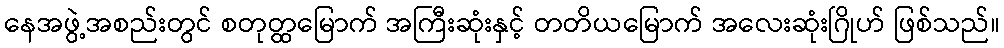
နေအဖွဲ့အစည်းတွင် စတုတ္ထမြောက် အကြီးဆုံးနှင့် တတိယမြောက် အလေးဆုံးဂြိုဟ် ဖြစ်သည်။